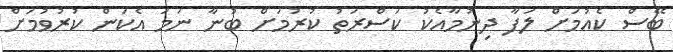
ބޭސް ކެއުމަށް ލަފާ ދިނުމާއެކު ކަސްރަތު ކުރުމަށް ބުނާ ނަމަ އެކަން ކުރުވުމަށް